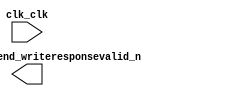

module mon_pwm (
	clk_clk,
	pwm_0_conduit_end_writeresponsevalid_n);	

	input		clk_clk;
	output		pwm_0_conduit_end_writeresponsevalid_n;
endmodule